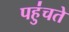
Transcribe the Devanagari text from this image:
पहु॑चते